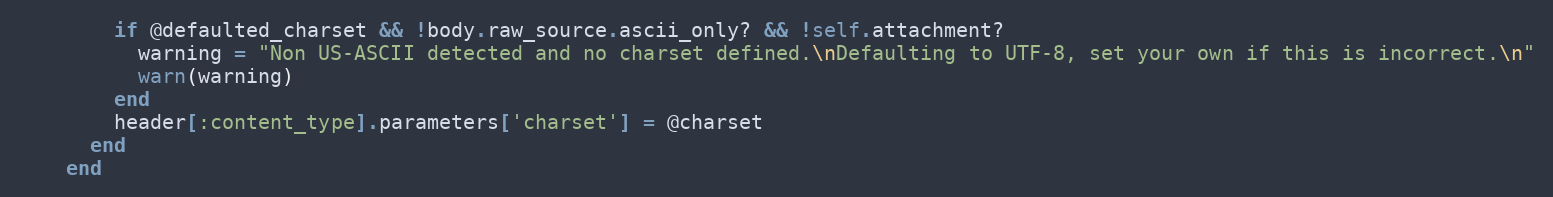
Language: Ruby
        if @defaulted_charset && !body.raw_source.ascii_only? && !self.attachment?
          warning = "Non US-ASCII detected and no charset defined.\nDefaulting to UTF-8, set your own if this is incorrect.\n"
          warn(warning)
        end
        header[:content_type].parameters['charset'] = @charset
      end
    end